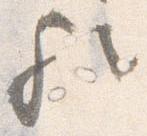
歟